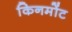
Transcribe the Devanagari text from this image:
किनमोंट